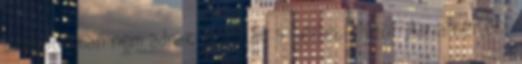
százalékban nem adnak számlát a bérleti díjról. Az albérleti